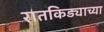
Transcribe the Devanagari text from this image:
रातकिड्याच्या